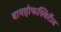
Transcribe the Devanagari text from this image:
बानहोफस्विर्टेल